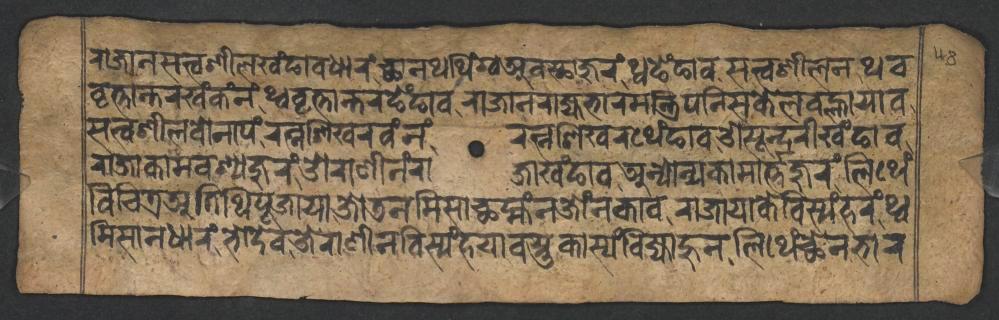
𑐬𑐵𑐖𑐵𑐣𑐳𑐟𑑂𑐰𑐱𑐷𑐮𑐏𑑄𑐒𑐵𑐰𑐢𑐵𑐬𑑄𑐕𑐵𑐣𑐠𑐠𑐶𑑄𑐐𑑂𑐰𑐀𑐰𑐳𑑂𑐠𑐵𑐖𑐸𑐬𑑄𑐠𑑂𑐰𑐒𑐾𑑄𑐒𑐵𑐰𑐳𑐟𑑂𑐰𑐱𑐷𑐮𑐣𑐠𑐰 𑐰𑐺𑐟𑑂𑐟𑐵𑐣𑑂𑐟𑐬𑐏𑑄𑐎𑑄𑐣𑑄𑐠𑑂𑐰𑐰𑐺𑐟𑑂𑐟𑐵𑐣𑑂𑐟𑐬𑐒𑐾𑑄𑐒𑐵𑐰𑐬𑐵𑐖𑐵𑐣𑐬𑐵𑐖𑑂𑐫𑐨𑐵𑐬𑐩𑐣𑑂𑐟𑑂𑐬𑐶𑐥𑐣𑐶𑐳𑐎𑐾𑐮𑐰𑐮𑑂𑐴𑐵𑐫𑐵𑐰 𑐳𑐟𑑂𑐰𑐱𑐷𑐮𑐰𑑀𑐣𑐵𑐥𑑄𑐬𑐟𑑂𑐣𑐱𑐶𑐏𑐬𑐰𑑄𑐣𑑄𑐬𑐟𑑂𑐣𑐱𑐶𑐏𑐬𑐠𑐾𑑄𑐒𑐵𑐰𑐌𑐳𑐹𑐣𑑂𑐡𑐬𑐷𑐏𑑄𑐒𑐵𑐰 𑐬𑐵𑐖𑐵𑐎𑐵𑐩𑐰𑐱𑑂𑐫𑐖𑐸𑐬𑑄𑐌𑐬𑐵𑐞𑐷𑐣𑑄𑐬𑐵𑐖𑐵𑐏𑑄𑐒𑐵𑐰𑐀𑐣𑑂𑐫𑑀𑐣𑑂𑐫𑐎𑐵𑐩𑐵𑐬𑑂𑐟𑑂𑐟𑐖𑐸𑐬𑑄𑐮𑐶𑐠𑐾𑑄 𑐰𑐶𑐔𑐶𑐟𑑂𑐬𑐀𑐟𑐶𑐠𑐶𑐥𑐹𑐖𑐵𑐫𑐵𑐖𑑀𑐜𑐣𑐩𑐶𑐳𑐵𑐕𑐩𑑂𑐴𑑄𑐣𑐖𑑀𑑄𑐣𑐎𑐵𑐰𑐬𑐵𑐖𑐵𑐫𑐵𑐎𑐾𑐧𑐶𑐳𑑂𑐫𑑄𑐴𑐬𑑄𑐠𑑂𑐰 𑐩𑐶𑐳𑐵𑐣𑐢𑐵𑐬𑑄𑐨𑑀𑐡𑐾𑐰𑐌𑐬𑐵𑐞𑐷𑐣𑐧𑐶𑐳𑑂𑐫𑑄𑐴𑐫𑐵𑐰𑐳𑑂𑐟𑐸𑐎𑐵𑐳𑑂𑐫𑑄𑐧𑐶𑐖𑑂𑐫𑐵𑐴𑐸𑐣𑐮𑐶𑐠𑐾𑑄𑐕𑐾𑐣𑐨𑐵𑐬